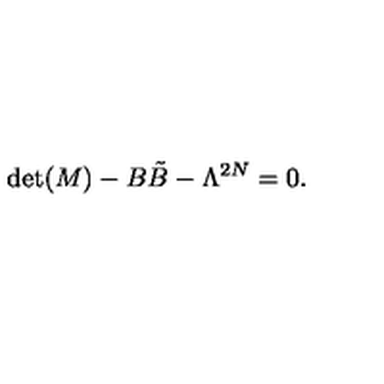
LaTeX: \det ( M ) - B { \tilde { B } } - \Lambda ^ { 2 N } = 0 .